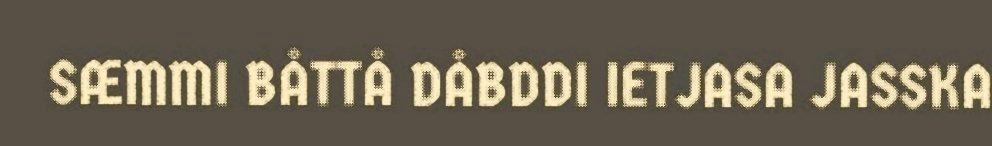
SÆMMI BÅTTÅ DÅBDDI IETJASA JASSKA